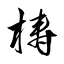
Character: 梼